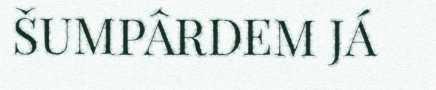
ŠUMPÂRDEM JÁ